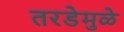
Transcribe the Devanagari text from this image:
तरडेमुळे